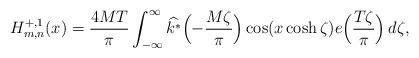
LaTeX: \begin{align*}H_{m, n}^{+, 1}(x) = \frac{4 M T}{\pi} \int_{-\infty}^\infty \widehat{k^*}\Bigl( -\frac{M \zeta}{\pi} \Bigr) \cos(x \cosh \zeta) e\Bigl( \frac{T \zeta}{\pi} \Bigr) \, d \zeta,\end{align*}